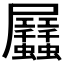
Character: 𧖏